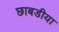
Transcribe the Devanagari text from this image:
छाबडीया